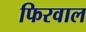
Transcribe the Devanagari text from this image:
फिरवाल